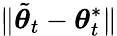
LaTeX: \lVert\tilde{{\boldsymbol{\theta}}}_{t}-{\boldsymbol{\theta}}_{t}^{*}\rVert